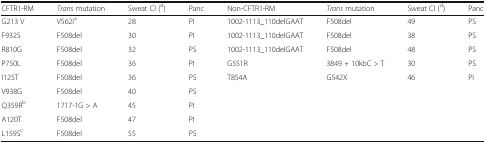
| CFTR1-RM | Trans mutation | Sweat Cl (d) | Panc | Non-CFTR1-RM | Trans mutation | Sweat Cl (d) | Panc |
 | --- | --- | --- | --- | --- | --- | --- | --- |
 | G213 V | V562Ia | 28 | PI | 1002-1113_110delGAAT | F508del | 49 | PS |
 | F932S | F508del | 30 | PI | 1002-1113_110delGAAT | F508del | 38 | PS |
 | R810G | F508del | 32 | PS | 1002-1113_110delGAAT | F508del | 48 | PS |
 | P750L | F508del | 36 | PI | G551R | 3849 + 10kbC > T | 30 | PS |
 | I125T | F508del | 36 | PS | T854A | G542X | 46 | PI |
 | V938G | F508del | 40 | PS | <ROWSPAN=4-COLSPAN=4>  |
 | Q359Rb | 1717-1G > A | 45 | PI |
 | A120T | F508del | 47 | PI |
 | L159Sc | F508del | 55 | PS |